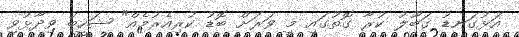
އަޅުގަނޑު ގަބޫލު ކުރާ ގޮތުގައި މީ ވަރަށް ބޮޑު ކުރިއެރުމެއް" ޝަހީބު ވިދާޅުވި